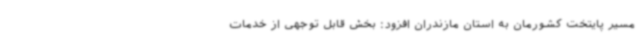
مسیر پایتخت کشورمان به استان مازندران افزود: بخش قابل توجهی از خدمات